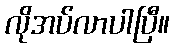
လိုအပ်လာပါပြီ။